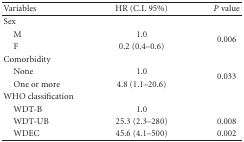
<table><thead><tr><td><b>Variables</b></td><td><b>HR (C.I. 95%)</b></td><td><b><i>P</i> value</b></td></tr></thead><tbody><tr><td>Sex</td><td></td><td></td></tr><tr><td> M</td><td>1.0</td><td rowspan="2">0.006</td></tr><tr><td> F</td><td>0.2 (0.4–0.6)</td></tr><tr><td>Comorbidity</td><td></td><td></td></tr><tr><td> None</td><td>1.0</td><td rowspan="2">0.033</td></tr><tr><td> One or more</td><td>4.8 (1.1–20.6)</td></tr><tr><td>WHO classification</td><td></td><td></td></tr><tr><td> WDT-B</td><td>1.0</td><td></td></tr><tr><td> WDT-UB</td><td> 25.3 (2.3–280)</td><td>0.008</td></tr><tr><td>WDEC</td><td> 45.6 (4.1–500)</td><td>0.002</td></tr></tbody></table>